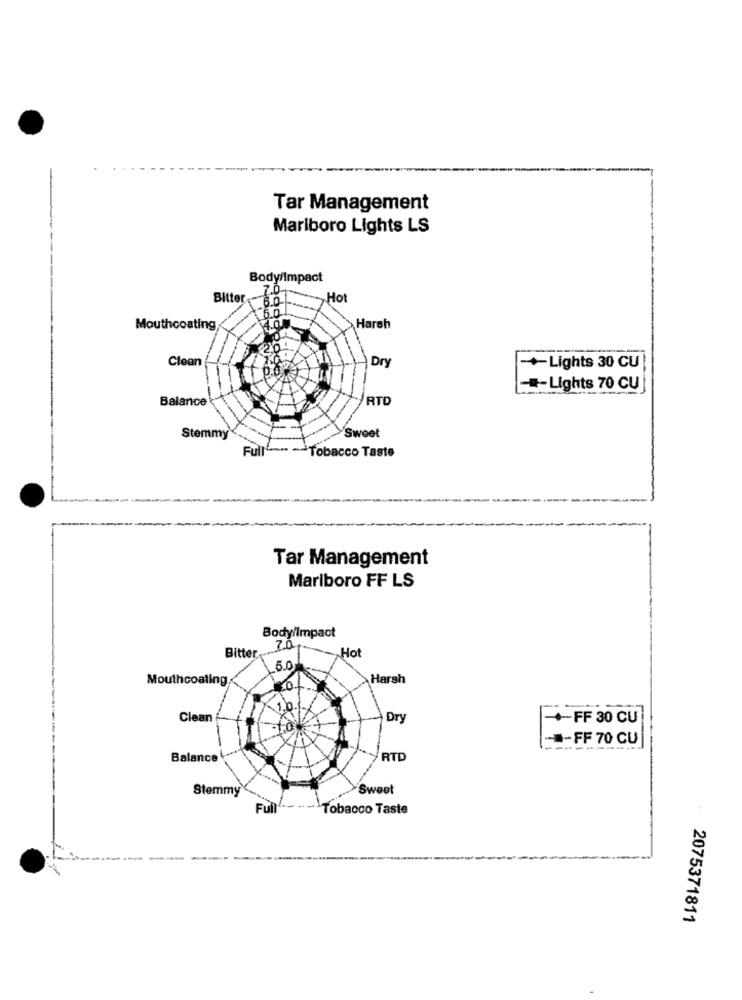
Tar Management
Marlboro Lights LS
Body/Impact
2.0
Bitte
Hot
Mouthcoating
Harsh
Clean
Dry
+Lights 30 CU
#-Lights 70 CU
Balance
RTD
Stemmy
Sweet
Full -Tobacco Taste
Tar Management
Marlboro FF LS
Body/Impact
Bitter
Hot
5.0
Mouthcoating
>Harsh
Not
Clean
Dry
-FF 30 CU
-FF 70 CU
Balance
RTD
Stemmy
Sweet
Full" --
Tobacco Taste
2075371811